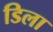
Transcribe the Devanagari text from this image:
डिला